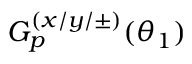
G _ { p } ^ { ( x / y / \pm ) } ( \theta _ { 1 } )